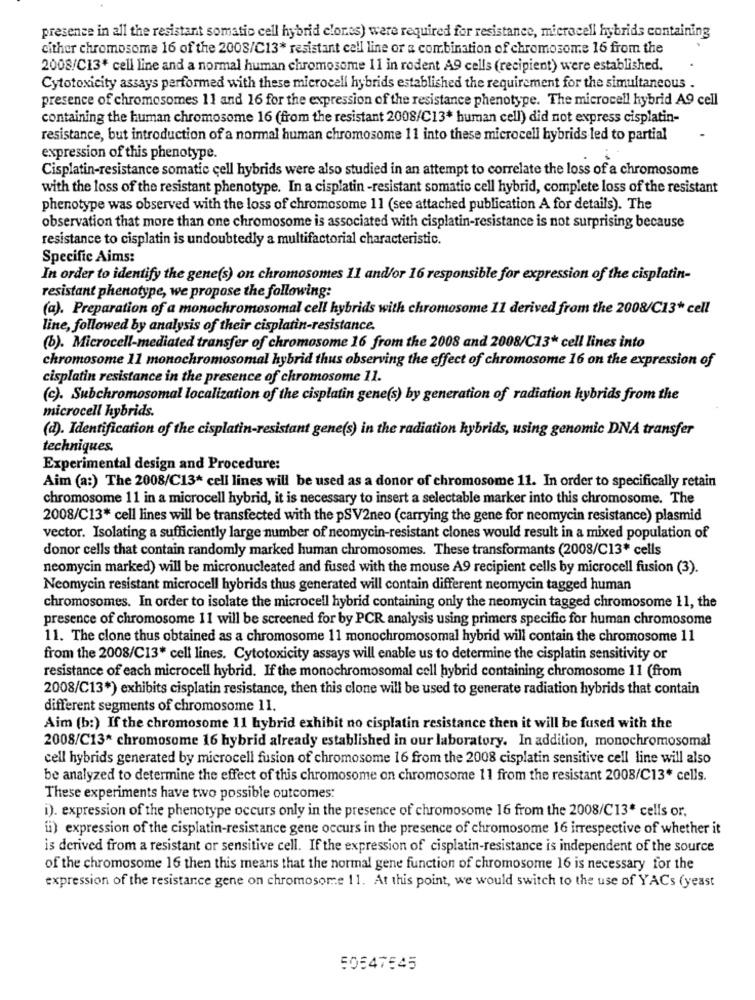
presence in all the resistant somatic cell hybrid clones) were required for resistance, microcell hybrids containing
cither chromosome 16 of the 2008/C13* resistant cell line or a combination of chromosome 16 from the
2008/C13* cell line and a normal human chromosome 11 in rodent A9 cells (recipient) were established.
Cytotoxicity assays performed with these microcell hybrids established the requirement for the simultaneous .
presence of chromosomes 11 and 16 for the expression of the resistance phenotype. The microcell hybrid A9 cell
containing the human chromosome 16 (from the resistant 2008/C13* human cell) did not express cisplatin-
resistance, but introduction of a normal human chromosome 11 into these microcell hybrids led to partial
expression of this phenotype.
Cisplatin-resistance somatic cell hybrids were also studied in an attempt to correlate the loss of a chromosome
with the loss of the resistant phenotype. In a cisplatin -resistant somatic cell hybrid, complete loss of the resistant
phenotype was observed with the loss of chromosome 11 (see attached publication A for details). The
observation that more than one chromosome is associated with cisplatin-resistance is not surprising because
resistance to cisplatin is undoubtedly a multifactorial characteristic.
Specific Aims:
In order to identify the gene(s) on chromosomes 11 and/or 16 responsible for expression of the cisplatin-
resistant phenotype, we propose the following:
(a). Preparation of a monochromosomal cell hybrids with chromosome 11 derived from the 2008/C13* cell
line, followed by analysis of their cisplatin-resistance.
(b). Microcell-mediated transfer of chromosome 16 from the 2008 and 2008/C13* cell lines into
chromosome 11 monochromosomal hybrid thus observing the effect of chromosome 16 on the expression of
cisplatin resistance in the presence of chromosome 11.
(c). Subchromosomal localization of the cisplatin gene(s) by generation of radiation hybrids from the
microcell hybrids.
(d). Identification of the cisplatin-resistant gene(s) in the radiation hybrids, using genomic DNA transfer
techniques.
Experimental design and Procedure:
Aim (a:) The 2008/C13* cell lines will be used as a donor of chromosome 11. In order to specifically retain
chromosome 11 in a microcell hybrid, it is necessary to insert a selectable marker into this chromosome. The
2008/C13* cell lines will be transfected with the pSV2neo (carrying the gene for neomycin resistance) plasmid
vector. Isolating a sufficiently large number of neomycin-resistant clones would result in a mixed population of
donor cells that contain randomly marked human chromosomes. These transformants (2008/C13* cells
neomycin marked) will be micronucleated and fused with the mouse A9 recipient cells by microcell fusion (3).
Neomycin resistant microcell hybrids thus generated will contain different neomycin tagged human
chromosomes. In order to isolate the microcell hybrid containing only the neomycin tagged chromosome 11, the
presence of chromosome 11 will be screened for by PCR analysis using primers specific for human chromosome
11. The clone thus obtained as a chromosome 11 monochromosomal hybrid will contain the chromosome 11
from the 2008/C13* cell lines. Cytotoxicity assays will enable us to determine the cisplatin sensitivity or
resistance of each microcell hybrid. If the monochromosomal cell hybrid containing chromosome 11 (from
2008/C13*) exhibits cisplatin resistance, then this clone will be used to generate radiation hybrids that contain
different segments of chromosome 11.
Aim (b:) If the chromosome 11 hybrid exhibit no cisplatin resistance then it will be fused with the
2008/C13* chromosome 16 hybrid already established in our laboratory. In addition, monochromosomal
cell hybrids generated by microcell fusion of chromosome 16 from the 2008 cisplatin sensitive cell line will also
be analyzed to determine the effect of this chromosome on chromosome 11 from the resistant 2008/C13* cells.
These experiments have two possible outcomes:
i). expression of the phenotype occurs only in the presence of chromosome 16 from the 2008/C13* cells or.
f) expression of the cisplatin-resistance gene occurs in the presence of chromosome 16 irrespective of whether it
is derived from a resistant or sensitive cell. If the expression of cisplatin-resistance is independent of the source
of the chromosome 16 then this means that the normal gene function of chromosome 16 is necessary for the
expression of the resistance gene on chromosome 11. At this point, we would switch to the use of YACs (yeast
50547545